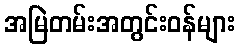
အမြဲတမ်းအတွင်းဝန်များ